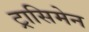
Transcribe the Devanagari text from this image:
ट्रासिमेन